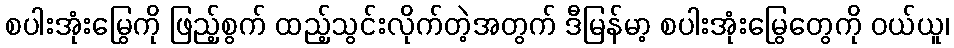
စပါးအုံးမြွေကို ဖြည့်စွက် ထည့်သွင်းလိုက်တဲ့အတွက် ဒီမြန်မာ့ စပါးအုံးမြွေတွေကို ဝယ်ယူ၊